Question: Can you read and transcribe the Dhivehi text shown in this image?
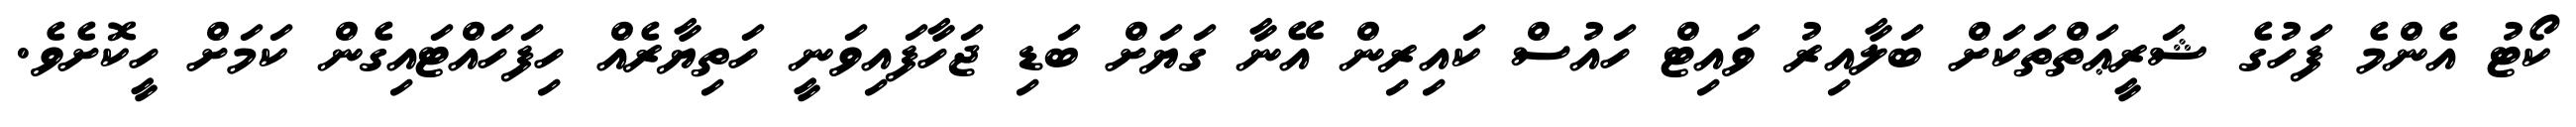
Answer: ކޯޓު އެންމެ ފަހުގެ ޝަރީޢަތްތަކަށް ބަލާއިރު ވައިޓް ހައުސް ކައިރިން އޭނާ ގަޔަށް ބަޑި ޖަހާފައިވަނީ ހަތިޔާރެއް ހިފަހައްޓައިގެން ކަމަށް ހީކޮށެވެ.